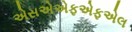
એસએએફએફએલ